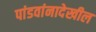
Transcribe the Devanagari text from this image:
पांडवांनादेखील